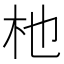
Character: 杝